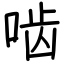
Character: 啮